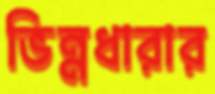
ভিন্নধারার